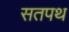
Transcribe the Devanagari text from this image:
सतपथ